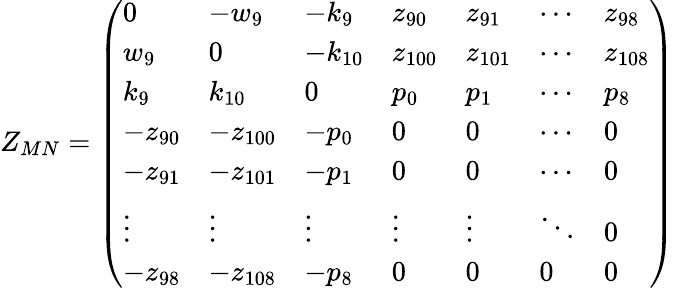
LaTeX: Z_{MN}=\left(\begin{array}{lllllll}{{0}}&{{-w_{9}}}&{{-k_{9}}}&{{z_{90}}}&{{z_{91}}}&{{\cdots}}&{{z_{98}}}\\ {{w_{9}}}&{{0}}&{{-k_{10}}}&{{z_{100}}}&{{z_{101}}}&{{\cdots}}&{{z_{108}}}\\ {{k_{9}}}&{{k_{10}}}&{{0}}&{{p_{0}}}&{{p_{1}}}&{{\cdots}}&{{p_{8}}}\\ {{-z_{90}}}&{{-z_{100}}}&{{-p_{0}}}&{{0}}&{{0}}&{{\cdots}}&{{0}}\\ {{-z_{91}}}&{{-z_{101}}}&{{-p_{1}}}&{{0}}&{{0}}&{{\cdots}}&{{0}}\\ {{\vdots}}&{{\vdots}}&{{\vdots}}&{{\vdots}}&{{\vdots}}&{{\ddots}}&{{0}}\\ {{-z_{98}}}&{{-z_{108}}}&{{-p_{8}}}&{{0}}&{{0}}&{{0}}&{{0}}\end{array}\right)